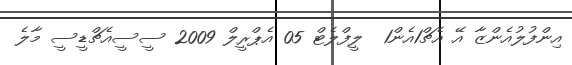
އިންފުލުއެންޒާ އޭ އެޗް1އެން1  ލީފްލެޓް 05 އެޕްރީލް 2009 ސީސީއެޗްޑީސީ މާލެ